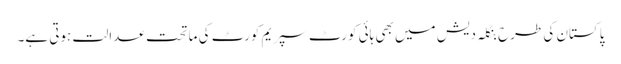
پاکستان کی طرح بنگلہ دیش میں بھی ہائی کورٹ سپریم کورٹ کی ماتحت عدالت ہوتی ہے۔